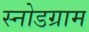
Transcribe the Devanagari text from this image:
स्नोडग्राम